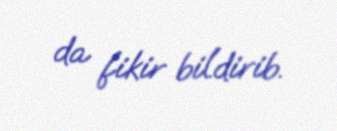
da fikir bildirib.